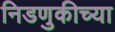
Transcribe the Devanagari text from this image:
निडणुकीच्या